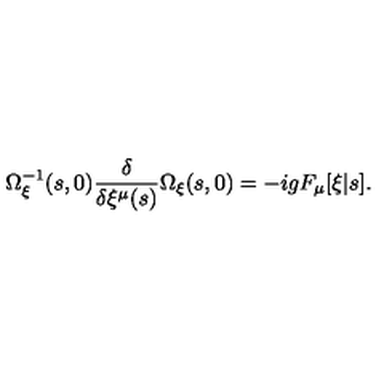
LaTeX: \Omega _ { \xi } ^ { - 1 } ( s , 0 ) \frac { \delta } { \delta \xi ^ { \mu } ( s ) } \Omega _ { \xi } ( s , 0 ) = - i g F _ { \mu } [ \xi | s ] .